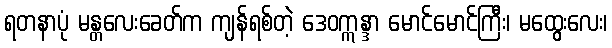
ရတနာပုံ မန္တလေးခေတ်က ကျန်ရစ်တဲ့ ဒေဝဣန္ဒာ မောင်မောင်ကြီး၊ မထွေးလေး၊